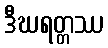
ဒီဃရတ္တဿ